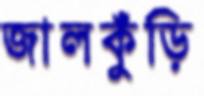
জালকুঁড়ি